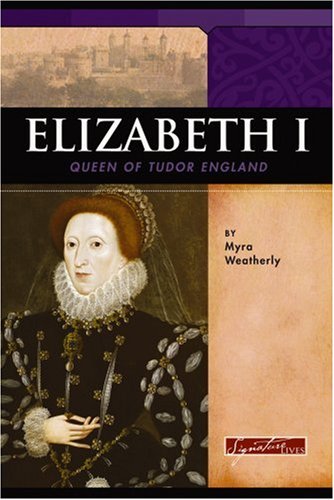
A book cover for Elizabeth I: Queen of Tudor England (Signature Lives: Renaissance Era); Myra Weatherly; Children's Books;